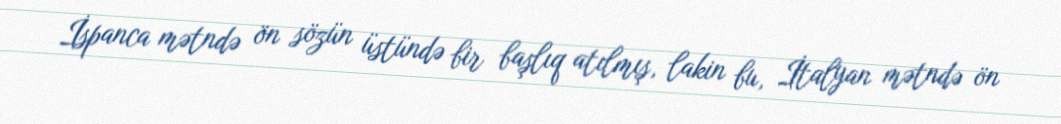
İspanca mətndə ön sözün üstündə bir başlıq atılmış, lakin bu, İtalyan mətndə ön